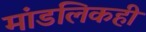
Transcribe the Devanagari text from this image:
मांडलिकही